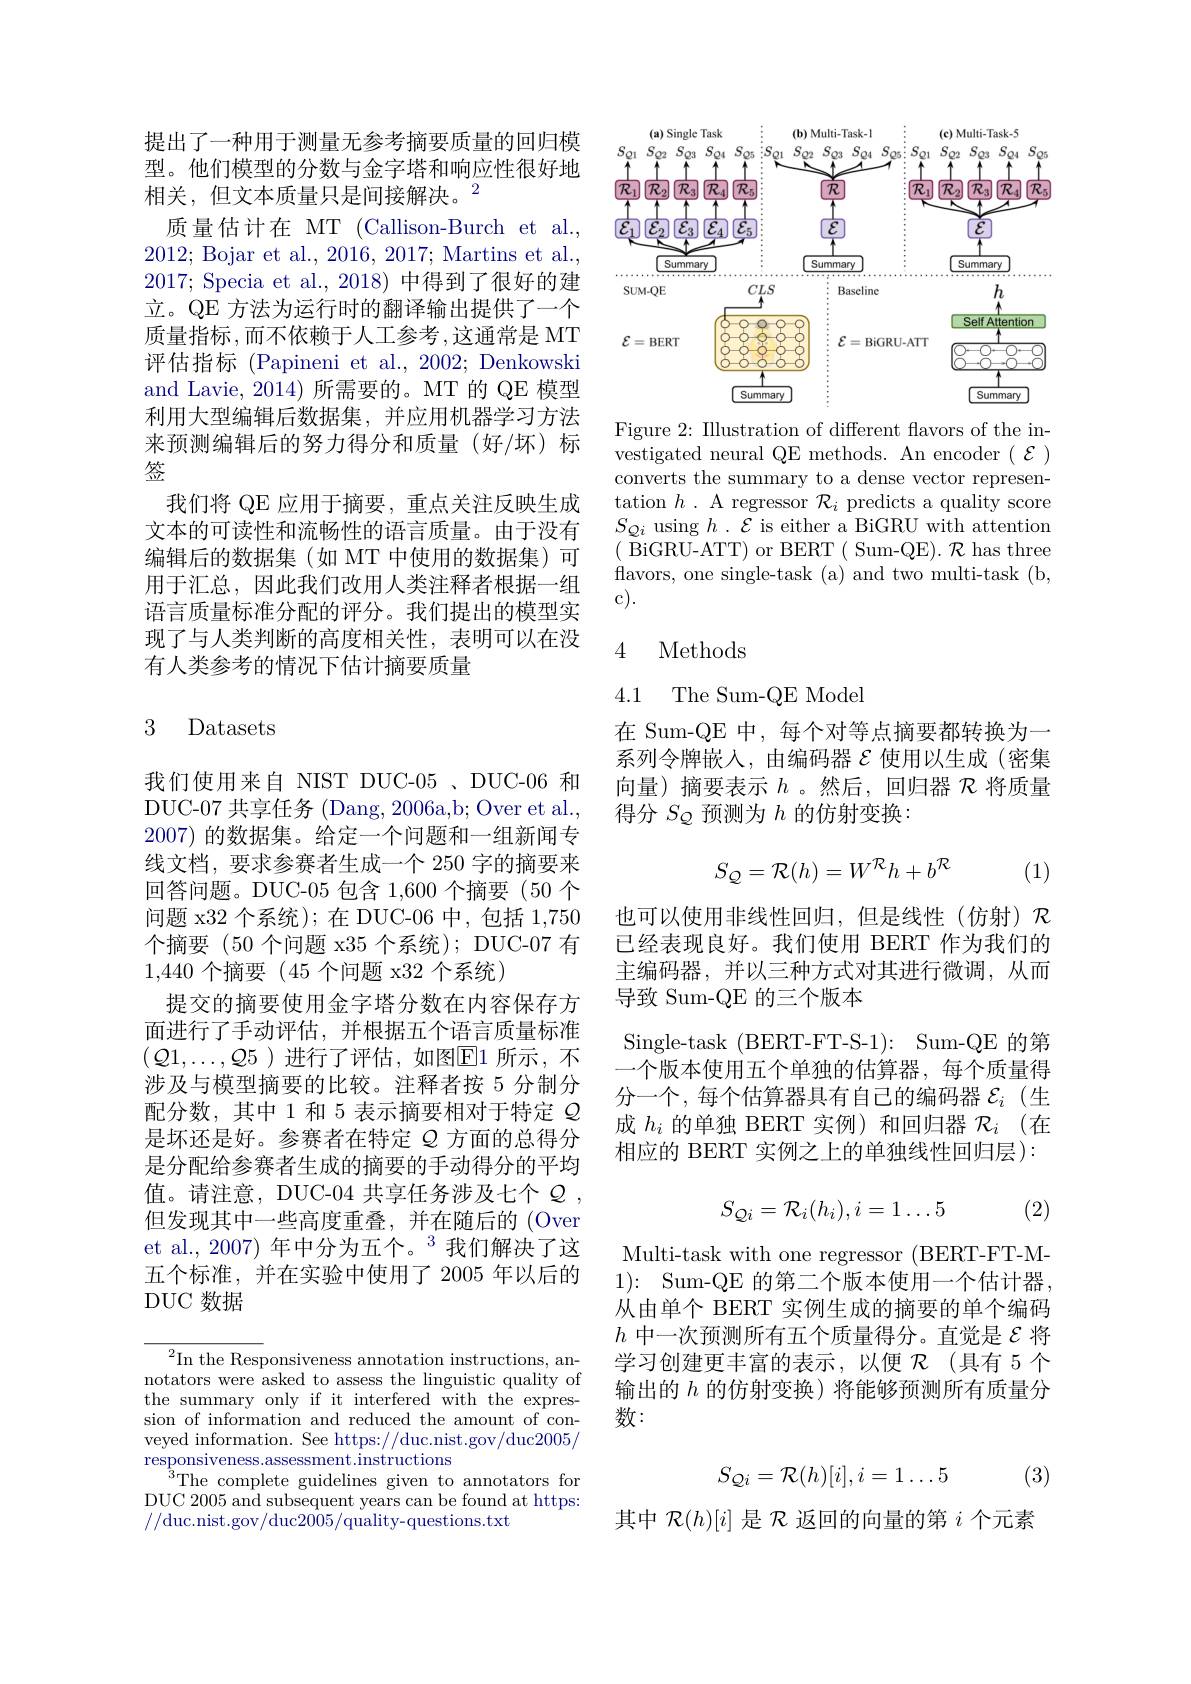
提出了一种用于测量无参考摘要质量的回归模型。他们模型的分数与金字塔和响应性很好地相关，但文本质量只是间接解决。$^2$
质量估计在 MT (Callison-Burch et al., 2012; Bojar et al., 2016, 2017; Martins et al., 2017; Specia et al.,2018)中得到了很好的建立。QE 方法为运行时的翻译输出提供了一个质量指标，而不依赖于人工参考，这通常是 MT 评估指标 (Papineni et al., 2002; Denkowski and Lavie, 2014) 所需要的。MT 的 QE 模型利用大型编辑后数据集，并应用机器学习方法来预测编辑后的努力得分和质量(好/坏)标签
我们将 QE 应用于摘要，重点关注反映生成文本的可读性和流畅性的语言质量。由于没有编辑后的数据集(如 MT 中使用的数据集)可用于汇总，因此我们改用人类注释者根据一组语言质量标准分配的评分。我们提出的模型实现了与人类判断的高度相关性，表明可以在没有人类参考的情况下估计摘要质量

### 3 Datasets

我们使用来自 NIST DUC-05 、DUC-06 和DUC-07 共享任务( $Dang, 2006a, b;$Over et al., 2007)的数据集。给定一个问题和一组新闻专线文档，要求参赛者生成一个 250 字的摘要来回答问题。DUC-05 包含 1,600 个摘要 (50 个问题 x32 个系统);在 DUC-06 中，包括1，750个摘要 (50 个问题 x35 个系统); DUC-07 有1,440个摘要 (45 个问题 x32 个系统)
提交的摘要使用金字塔分数在内容保存方面进行了手动评估，并根据五个语言质量标准$({\mathcal Q}1,\ldots,{\mathcal Q}5$ )进行了评估，如图$\overline{\mathrm{E}}1$ 所示，不涉及与模型摘要的比较。注释者按 5 分制分配分数，其中 1 和 5 表示摘要相对于特定$\varrho$ 是坏还是好。参赛者在特定$Q$方面的总得分是分配给参赛者生成的摘要的手动得分的平均值。请注意，DUC-04 共享任务涉及七个$\mathcal{Q}$, 但发现其中一些高度重叠，并在随后的 (Over et al.,2007)年中分为五个。$^{3}$我们解决了这五个标准，并在实验中使用了 2005 年以后的DUC 数据

${{^2}}$In the Responsiveness annotation instructions, annotators were asked to assess the linguistic quality of the summary only if it interfered with the expression of information and reduced the amount of conveyed information. See https://duc.nist.gov/duc2005/ $\operatorname*{responsiveness.assessment.instructions}$
$^{3}$The complete guidelines given to annotators for DUC 2005 and subsequent years can be found at https: //duc.nist.gov/duc$20\bar05/$quality-questions.txt

<FigureHere>

Figure 2: Illustration of different flavors of the investigated neural QE methods. An encoder $(\mathcal{E})$ converts the summary to a dense vector representation $h.$ A regressor $\mathcal{R}_i$ predicts a quality score $S_{Qi}$ using $h.\mathcal{E}$ is either a BiGRU with attention (BiGRU-ATT) or BERT( Sum-QE). $\mathcal{R}$ has three flavors, one single-task (a) and two multi-task (b, c).

### 4 Methods

4.1 The Sum-QE Model

在 Sum-QE 中，每个对等点摘要都转换为一系列令牌嵌人，由编码器$\varepsilon$ 使用以生成(密集) 向量)摘要表示$h$ 。然后，回归器$\mathcal{R}$将质量得分$S_{Q}$预测为$h$的仿射变换：
$$S_{\mathcal{Q}}=\mathcal{R}(h)=W^{\mathcal{R}}h+b^{\mathcal{R}}$$
(1)

也可以使用非线性回归，但是线性(仿射)$\mathcal{R}$ 已经表现良好。我们使用 BERT 作为我们的主编码器，并以三种方式对其进行微调，从而导致 Sum-QE 的三个版本
Single-task (BERT-FT-S-1): Sum-QE 的第一个版本使用五个单独的估算器，每个质量得分一个，每个估算器具有自己的编码器$\mathcal{E}_i$ (生成$h_i$的单独 BERT 实例)和回归器$\mathcal{R}_i$ (在相应的 BERT 实例之上的单独线性回归层):
$$S_{\mathcal{Q}i}=\mathcal{R}_i(h_i),i=1\ldots5$$
(2)

Multi-task with one regressor (BERT-FT-M- 1){:} Sum-QE 的第二个版本使用一个估计器， 从由单个 BERT 实例生成的摘要的单个编码$h$中一次预测所有五个质量得分。直觉是$\varepsilon$将学习创建更丰富的表示，以便$\mathcal{R}$ (具有 5 个输出的$h$的仿射变换) 将能够预测所有质量分数：
$$S_{\mathcal{Q}i}=\mathcal{R}(h)[i],i=1\ldots5$$
(3)

其中$\mathcal{R}(h)[i]$是$\mathcal{R}$返回的向量的第$i$个元素